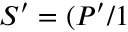
S ^ { \prime } = ( P ^ { \prime } / 1